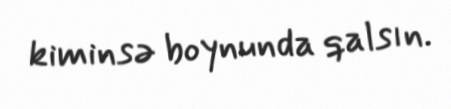
kiminsə boynunda qalsın.